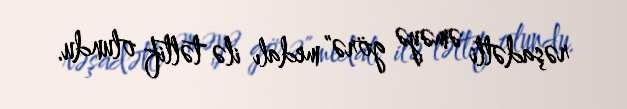
rəşadətli əməyə görə" medalı ilə təltif olundu.